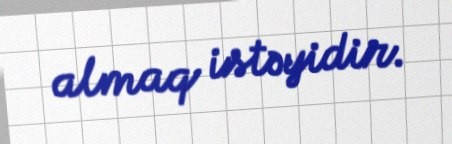
almaq istəyidir.